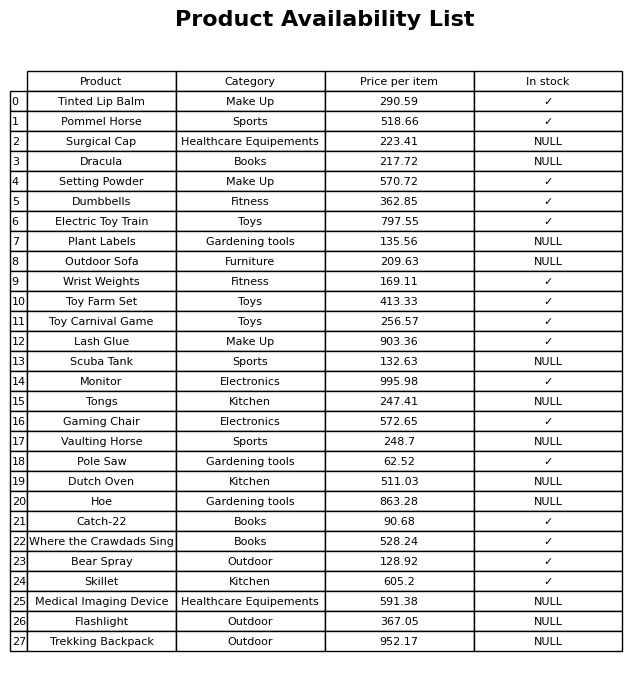
question: What is the price of the Pommel Horse?
answer: The price of Pommel Horse is 518.66.